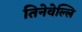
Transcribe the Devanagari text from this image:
तिनेवेल्लि